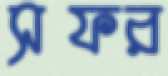
সফর